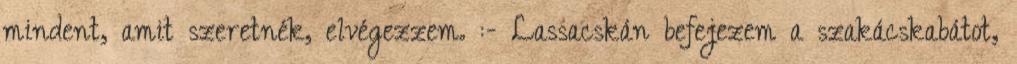
mindent, amit szeretnék, elvégezzem. :- Lassacskán befejezem a szakácskabátot,